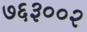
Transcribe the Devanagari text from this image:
७६३००२